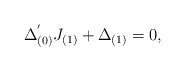
\begin{align*}\Delta_{(0)}^{'}J_{(1)}+\Delta_{(1)}=0,\end{align*}